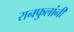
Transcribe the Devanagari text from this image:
रानफुलांनी